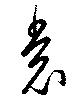
裳